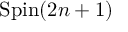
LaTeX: \operatorname { S p i n } ( 2 n + 1 )